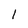
Character: 1